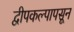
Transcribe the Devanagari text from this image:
द्वीपकल्पापसून